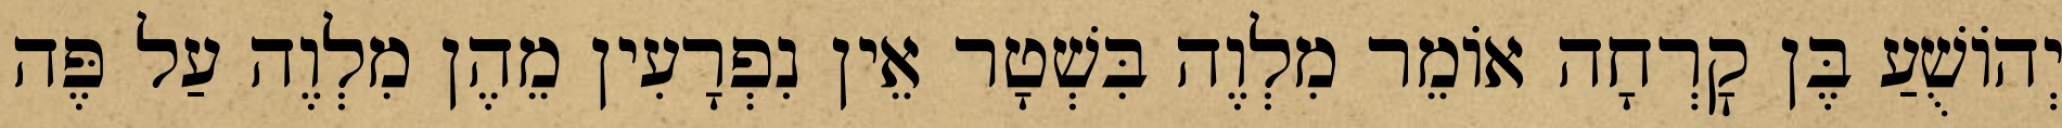
יְהוֹשֻׁעַ בֶּן קׇרְחָה אוֹמֵר מִלְוֶה בִּשְׁטָר אֵין נִפְרָעִין מֵהֶן מִלְוֶה עַל פֶּה